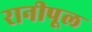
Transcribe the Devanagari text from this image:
रानीपूल